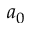
a _ { 0 }